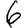
Digit: 6